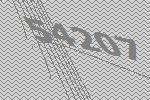
54207